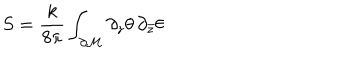
LaTeX: S = \frac { k } { 8 \pi } \int _ { \partial \cal M } \partial _ { z } \theta \, \partial _ { \bar { z } } \theta